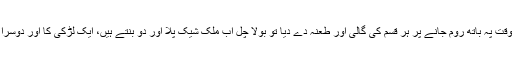
دادا نے جب عین وقت پہ باتھ روم جانے پر ہر قسم کی گالی اور طعنہ دے دیا تو بولا چل اب ملک شیک پلا اور دو بنتے ہیں، ایک لڑکی کا اور دوسرا اس کے شوہر کا۔